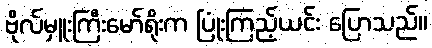
ဗိုလ်မှူးကြီးမော်ရိုးက ပြုံးကြည့်ယင်း ပြောသည်။